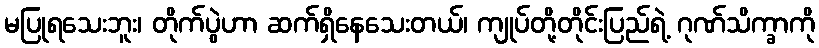
မပြုရသေးဘူး၊ တိုက်ပွဲဟာ ဆက်ရှိနေသေးတယ်၊ ကျုပ်တို့တိုင်းပြည်ရဲ့ ဂုဏ်သိက္ခာကို